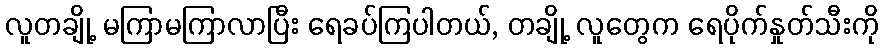
လူတချို့ မကြာမကြာလာပြီး ရေခပ်ကြပါတယ်, တချို့ လူတွေက ရေပိုက်နှုတ်သီးကို